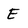
Character: E